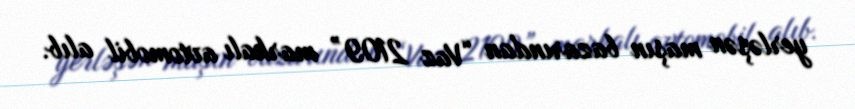
yerləşən maşın bazarından “Vaz 2109” markalı avtomobil alıb.